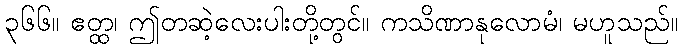
၃၆၆။ ဧတ္ထ၊ ဤတဆဲ့လေးပါးတို့တွင်။ ကသိဏာနုလောမံ၊ မဟူသည်။